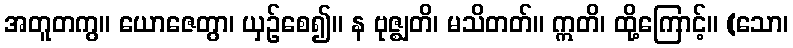
အတူတကွ။ ယောဇေတွာ၊ ယှဉ်စေ၍။ န ဗုဇ္ဈတိ၊ မသိတတ်။ ဣတိ၊ ထို့ကြောင့်။ (သော၊